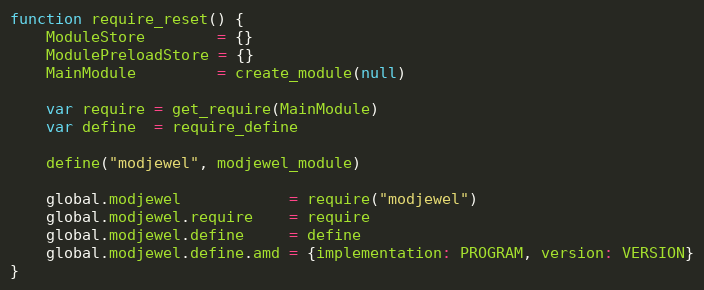
Language: JavaScript
function require_reset() {
    ModuleStore        = {}
    ModulePreloadStore = {}
    MainModule         = create_module(null)

    var require = get_require(MainModule)
    var define  = require_define

    define("modjewel", modjewel_module)

    global.modjewel            = require("modjewel")
    global.modjewel.require    = require
    global.modjewel.define     = define
    global.modjewel.define.amd = {implementation: PROGRAM, version: VERSION}
}